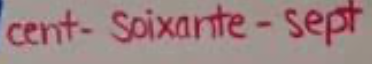
cent-Soixante-Sept